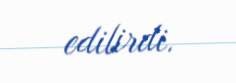
edilirdi.